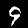
Digit: 9